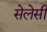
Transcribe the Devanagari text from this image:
सेलेसी